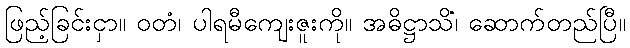
ဖြည့်ခြင်းငှာ။ ဝတံ၊ ပါရမီကျေးဇူးကို။ အဓိဋ္ဌာသိံ၊ ဆောက်တည်ပြီ။